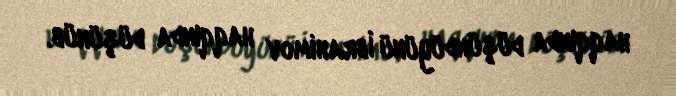
haqqında düşündüyünü İbrahimov haqqında düşünüb.